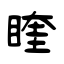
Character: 睳